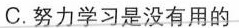
C.努力学习是没有用的